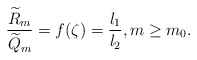
\begin{align*} \frac{\widetilde{R}_{m}}{\widetilde{Q}_{m}}=f(\zeta)=\frac{l_{1}}{l_{2}}, m\geq m_{0}.\end{align*}